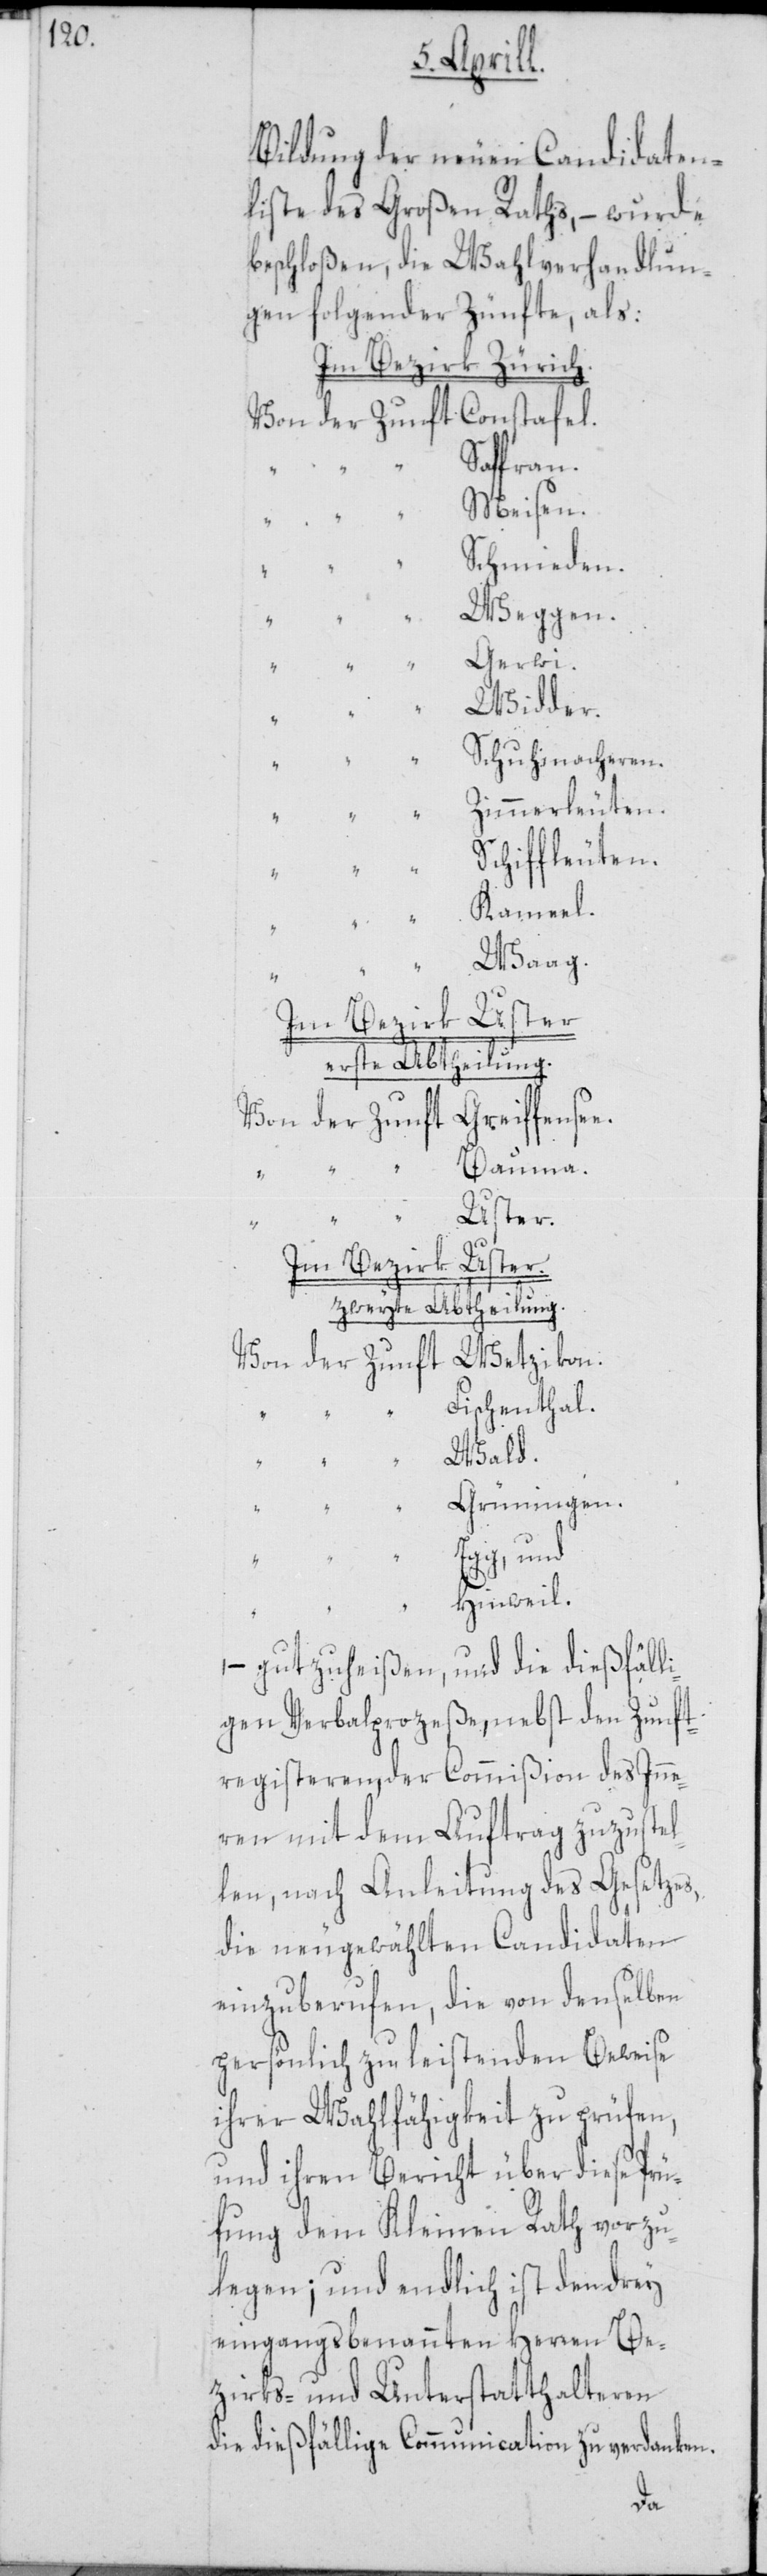
Bildung der neuen Candidaten¬
liste des Großen Raths, – wurde
beschloßen, die Wahlverhandlun¬
gen folgender Zünfte, als:
Im Bezirk Zürich.
Von der Zunft Constafel.
Saffran.
Meisen.
Schmiede¬
Weg¬
Gerwi.
“
Widder.
Schuhmacheren.
Zimmerleuten.
“
Schiffleuten.
“
Kameel.
Waag.
Im Bezirk Uster
erste Abtheilung.
Von der Zunft Greiffense¬
“ Bauma.
“
“
Uster.
Im Bezirk Uster.
zweyte Abtheilung.
Von der Zunft Wetzikon.
Fischenthal.
Wald.
“
Grüningen.
Egg, und
Hinweil.
– gutzuheißen, und die dießfäll¬
igen Verbalprozeße, nebst den Zunft¬
registeren, der Commißion des Inne¬
ren mit dem Auftrag zuzustel¬
len, nach Anleitung des Gesetzes,
die neu gewählten Candidaten
einzuberufen, die von denselben
perönlich zu leistenden Beweise
ihrer Wahlfähigkeit zu prüfen,
und ihren Bericht über diese Prü¬
fung dem Kleinen Rath vorzu¬
legen; und endlich ist den drey
eingangsbenannten Herren Be¬
zirks- und Unterstatthalteren
die dießfällige Communication zu verdanken.